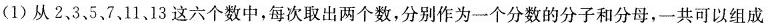
(1)从2，3，5，7、1113这六个数中，每次取出两个数，分别作为一个分数的分子和分母，一共可以组成